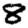
Digit: 8